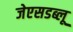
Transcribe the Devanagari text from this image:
जेएसडब्लू